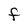
Character: F